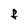
Character: F